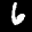
Label: 6